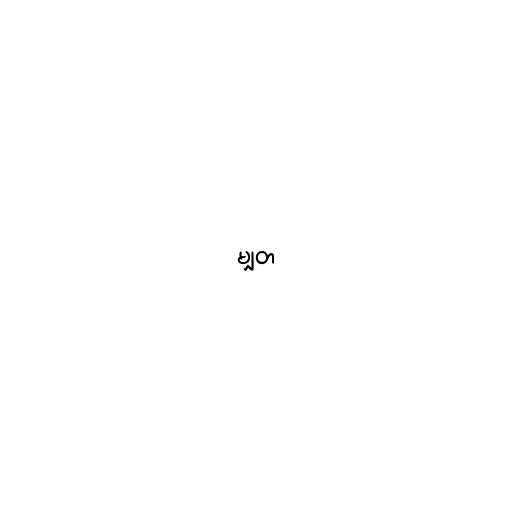
မျှတ